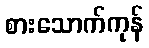
စားသောက်ကုန်